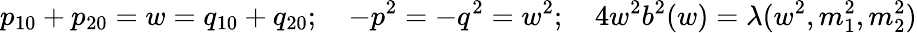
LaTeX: p_{10}+p_{20}=w=q_{10}+q_{20};\quad-p^{2}=-q^{2}=w^{2};\quad 4w^{2}b^{2}(w)=\lambda(w^{2},m_{1}^{2},m_{2}^{2})